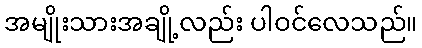
အမျိုးသားအချို့လည်း ပါဝင်လေသည်။